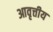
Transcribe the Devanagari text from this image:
आवृत्तीय